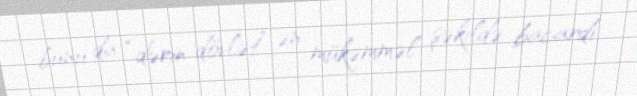
bunu da “dərin dövlət” ən mükəmməl şəkildə bacardı.